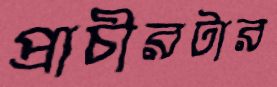
প্রাচীরটার